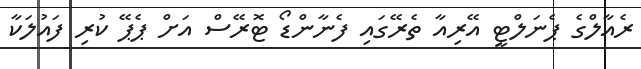
ރެއާލްގެ ޕެނަލްޓީ އޭރިއާ ތެރޭގައި ފެނާންޑޯ ޓޮރޭސް އަށް ޕެޕޭ ކުރި ފައުލަކާ